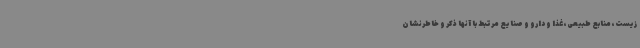
زیست، منابع طبیعی، غذا و دارو و صنایع مرتبط با آنها ذکر و خاطرنشان